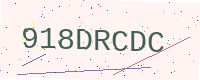
Text: 918DRCDC